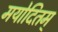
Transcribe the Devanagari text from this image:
मयोदितम्